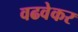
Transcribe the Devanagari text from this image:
वढवेकर